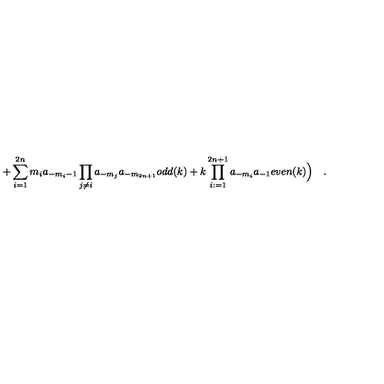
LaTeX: + \sum _ { i = 1 } ^ { 2 n } m _ { i } a _ { - m _ { i } - 1 } \prod _ { j \neq i } a _ { - m _ { j } } a _ { - m _ { 2 n + 1 } } o d d ( k ) + k \prod _ { i : = 1 } ^ { 2 n + 1 } a _ { - m _ { i } } a _ { - 1 } e v e n ( k ) \Bigr ) \quad .